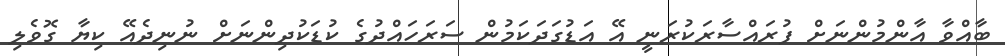
ބާއްވާ އާންމުންނަށް ފުރައްސާރަކުރަނީ އޭ އަޑުގަދަކަމުން ސަރަހައްދުގެ ކުޑަކުދިންނަށް ނުނިދެއޭ ކިޔާ ގޮވެލި